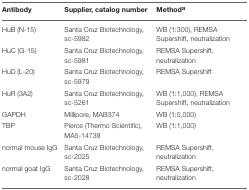
<table><thead><tr><td><b>Antibody</b></td><td><b>Supplier, catalog number</b></td><td><b>Method<sup>a</sup></b></td></tr></thead><tbody><tr><td>HuB (N-15)</td><td>Santa Cruz Biotechnology, sc-5982</td><td>WB (1:300), REMSA Supershift, neutralization</td></tr><tr><td>HuC (G-15)</td><td>Santa Cruz Biotechnology, sc-5981</td><td>REMSA Supershift, neutralization</td></tr><tr><td>HuD (L-20)</td><td>Santa Cruz Biotechnology, sc-5979</td><td>REMSA Supershift</td></tr><tr><td>HuR (3A2)</td><td>Santa Cruz Biotechnology, sc-5261</td><td>WB (1:1,000), REMSA Supershift, neutralization</td></tr><tr><td>GAPDH</td><td>Millipore, MAB374</td><td>WB (1:5,000)</td></tr><tr><td>TBP</td><td>Pierce (Thermo Scientific), MA5-14739</td><td>WB (1:1,000)</td></tr><tr><td>normal mouse IgG</td><td>Santa Cruz Biotechnology, sc-2025</td><td>REMSA Supershift, neutralization</td></tr><tr><td>normal goat IgG</td><td>Santa Cruz Biotechnology, sc-2028</td><td>REMSA Supershift, neutralization</td></tr></tbody></table>